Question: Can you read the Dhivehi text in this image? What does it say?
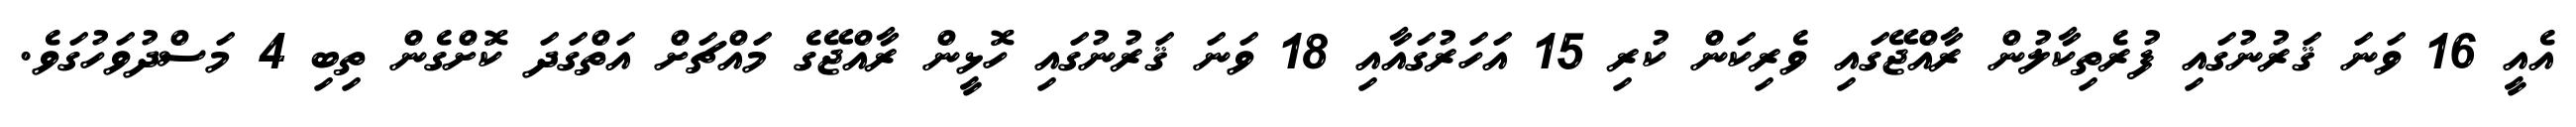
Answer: އެއީ 16 ވަނަ ޤަރުނުގައި ފުރެތިކާލުން ރާއްޖޭގައި ވެރިކަން ކުރި 15 އަހަރުގައާއި 18 ވަނަ ޤަރުނުގައި ހޮޅީން ރާއްޖޭގެ މައްޗަށް އަތްގަދަ ކޮށްގެން ތިބި 4 މަސްދުވަހުގަވެ.